Report on sanitation, dispensaries, and jails in Rajputana for 1915, and on vaccination for the year 1915-1916 - 1915-1916
Year: 1915
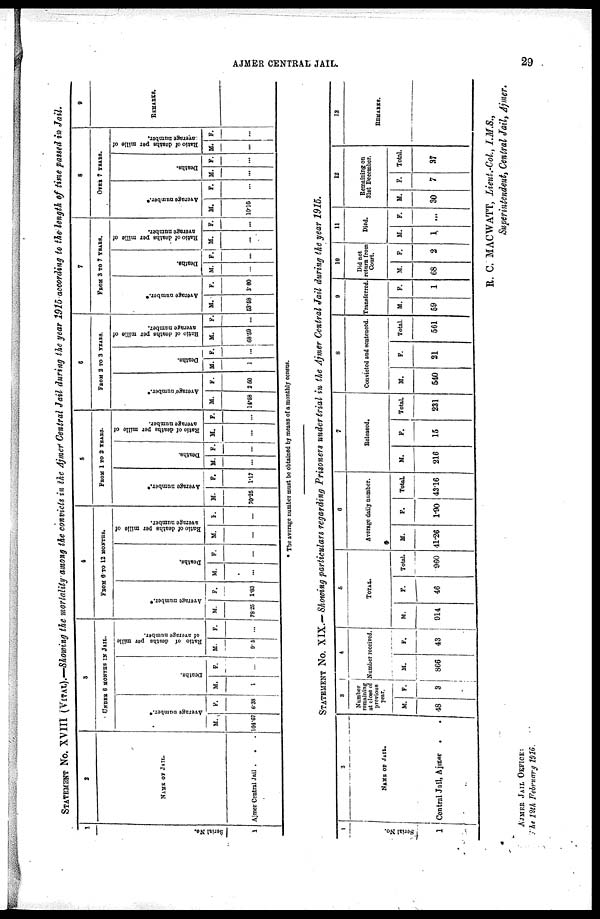
AJMER CENTRAL JAIL.
29
STATEMENT No. XVIII (VITAL).—Showing the mortality among the convicts in the Ajmer Central Jail during the year 1915 according to the length of time passed in Jail.
1
Serial No.
1
2
NAME OF JAIL.
Ajmer Central Jail .
. .
3
UNDER 6 MONTHS IN JAIL.
Average number.*
M.
104.67
F.
6.38
Deaths.
M.
1
F.
...
Ratio of deaths per mille
of average number.
M.
9.5
F.
...
4
FROM 6 TO 12 MONTHS.
Average number.*
M.
78.25
F.
1.83
Death*.
M.
...
F.
...
Ratio of deaths per mille of
average number.
M.
...
F.
...
5
FROM 1 TO 2 YEARS.
Average number.*
M.
70.25
F.
1.17
Deaths.
M.
...
F.
...
Ratio of deaths per mille of
average number.
M.
...
F.
...
6
FROM 2 TO 3 YEARS.
Average number.*
M.
14.58
F.
2.50
Death*.
M.
1
F.
...
Ratio of deaths per mille of
average number.
M.
68.50
F.
...
7
FROM 3 TO 7 YEARS.
Average number.*
M.
53.58
F.
3.60
Death*.
M.
...
F.
...
Ratio of deaths per mille of
average number.
M.
...
F.
...
8
OVER 7 YEARS.
Average number.*
M.
10.10
F.
...
Deaths.
M.
...
F.
...
Ratio of deaths per mille of
average number.
M.
...
F.
...
9
REMARKS.
* The average number must be obtained by means of a monthly census.
STATEMENT No. XIX.— Showing particulars regarding Prisoners under trial in the Ajmer Central Jail during the year 1915.
1
Serial No.
1
2
NAME OF JAIL.
Contral Jail, Ajmer
.
3
Number
remaining
at close of
previous
year.
M.
48
F.
3
4
Number received.
M.
866
F.
43
5
TOTAL.
M.
914
F.
46
Total.
960
6
Average daily number.
M.
41.26
F.
1.90
Total
43.16
7
Released.
M.
216
F.
15
Total.
231
8
Convicted and sentenced.
M.
540
F.
21
Total.
561
9
Transferred.
M.
59
F.
1
10
Did not
return from
Court.
M.
68
F.
2
11
Died.
M.
1
F.
...
12
Remaining on
31st December.
M.
30
F.
7
Total.
37
13
REMARKS.
R. C. MACWATT, Lieut.-Col., I.M.S.,
Superintendent, Central Jail, Ajmer.
AJMER JAIL OFFICE:
The 12th February 1916